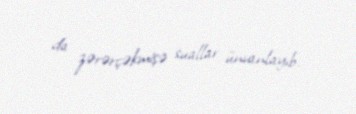
da zərərçəkmişə suallar ünvanlayıb.